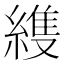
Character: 𮈳